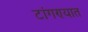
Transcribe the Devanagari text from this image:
टांगण्यात